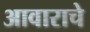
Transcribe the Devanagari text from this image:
आवाराचे